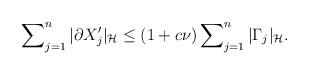
LaTeX: \begin{align*}\sum\nolimits^n_{j=1} |\partial X_j'|_{\cal H} \le (1 + c\nu)\sum\nolimits^n_{j=1} |\Gamma_j|_{\cal H}.\end{align*}